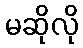
မဆိုလို